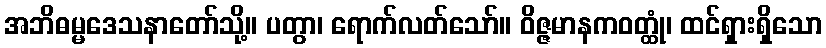
အဘိဓမ္မဒေသနာတော်သို့။ ပတွာ၊ ရောက်လတ်သော်။ ဝိဇ္ဇမာနကဝတ္ထုံ၊ ထင်ရှားရှိသော